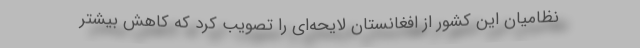
نظامیان این کشور از افغانستان لایحه‌ای را تصویب کرد که کاهش بیشتر